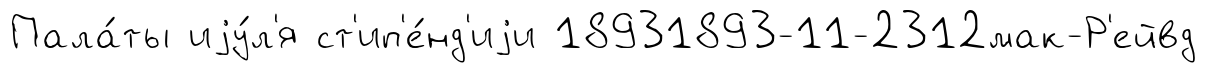
Пала́ты иjу́л'я ст'ип'е́нд'иjи 18931893-11-2312мак-Р'ейвд